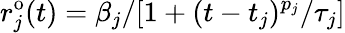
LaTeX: r_{j}^{\mathrm{o}}(t)=\beta_{j}/[1+(t-t_{j})^{p_{j}}/\tau_{j}]